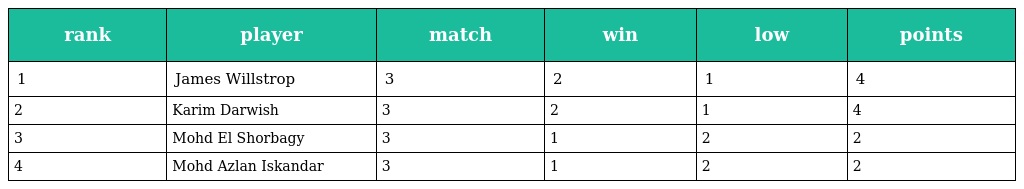
| rank | player | match | win | low | points |
 | --- | --- | --- | --- | --- | --- |
 | 1 | James Willstrop | 3 | 2 | 1 | 4 |
 | 2 | Karim Darwish | 3 | 2 | 1 | 4 |
 | 3 | Mohd El Shorbagy | 3 | 1 | 2 | 2 |
 | 4 | Mohd Azlan Iskandar | 3 | 1 | 2 | 2 |